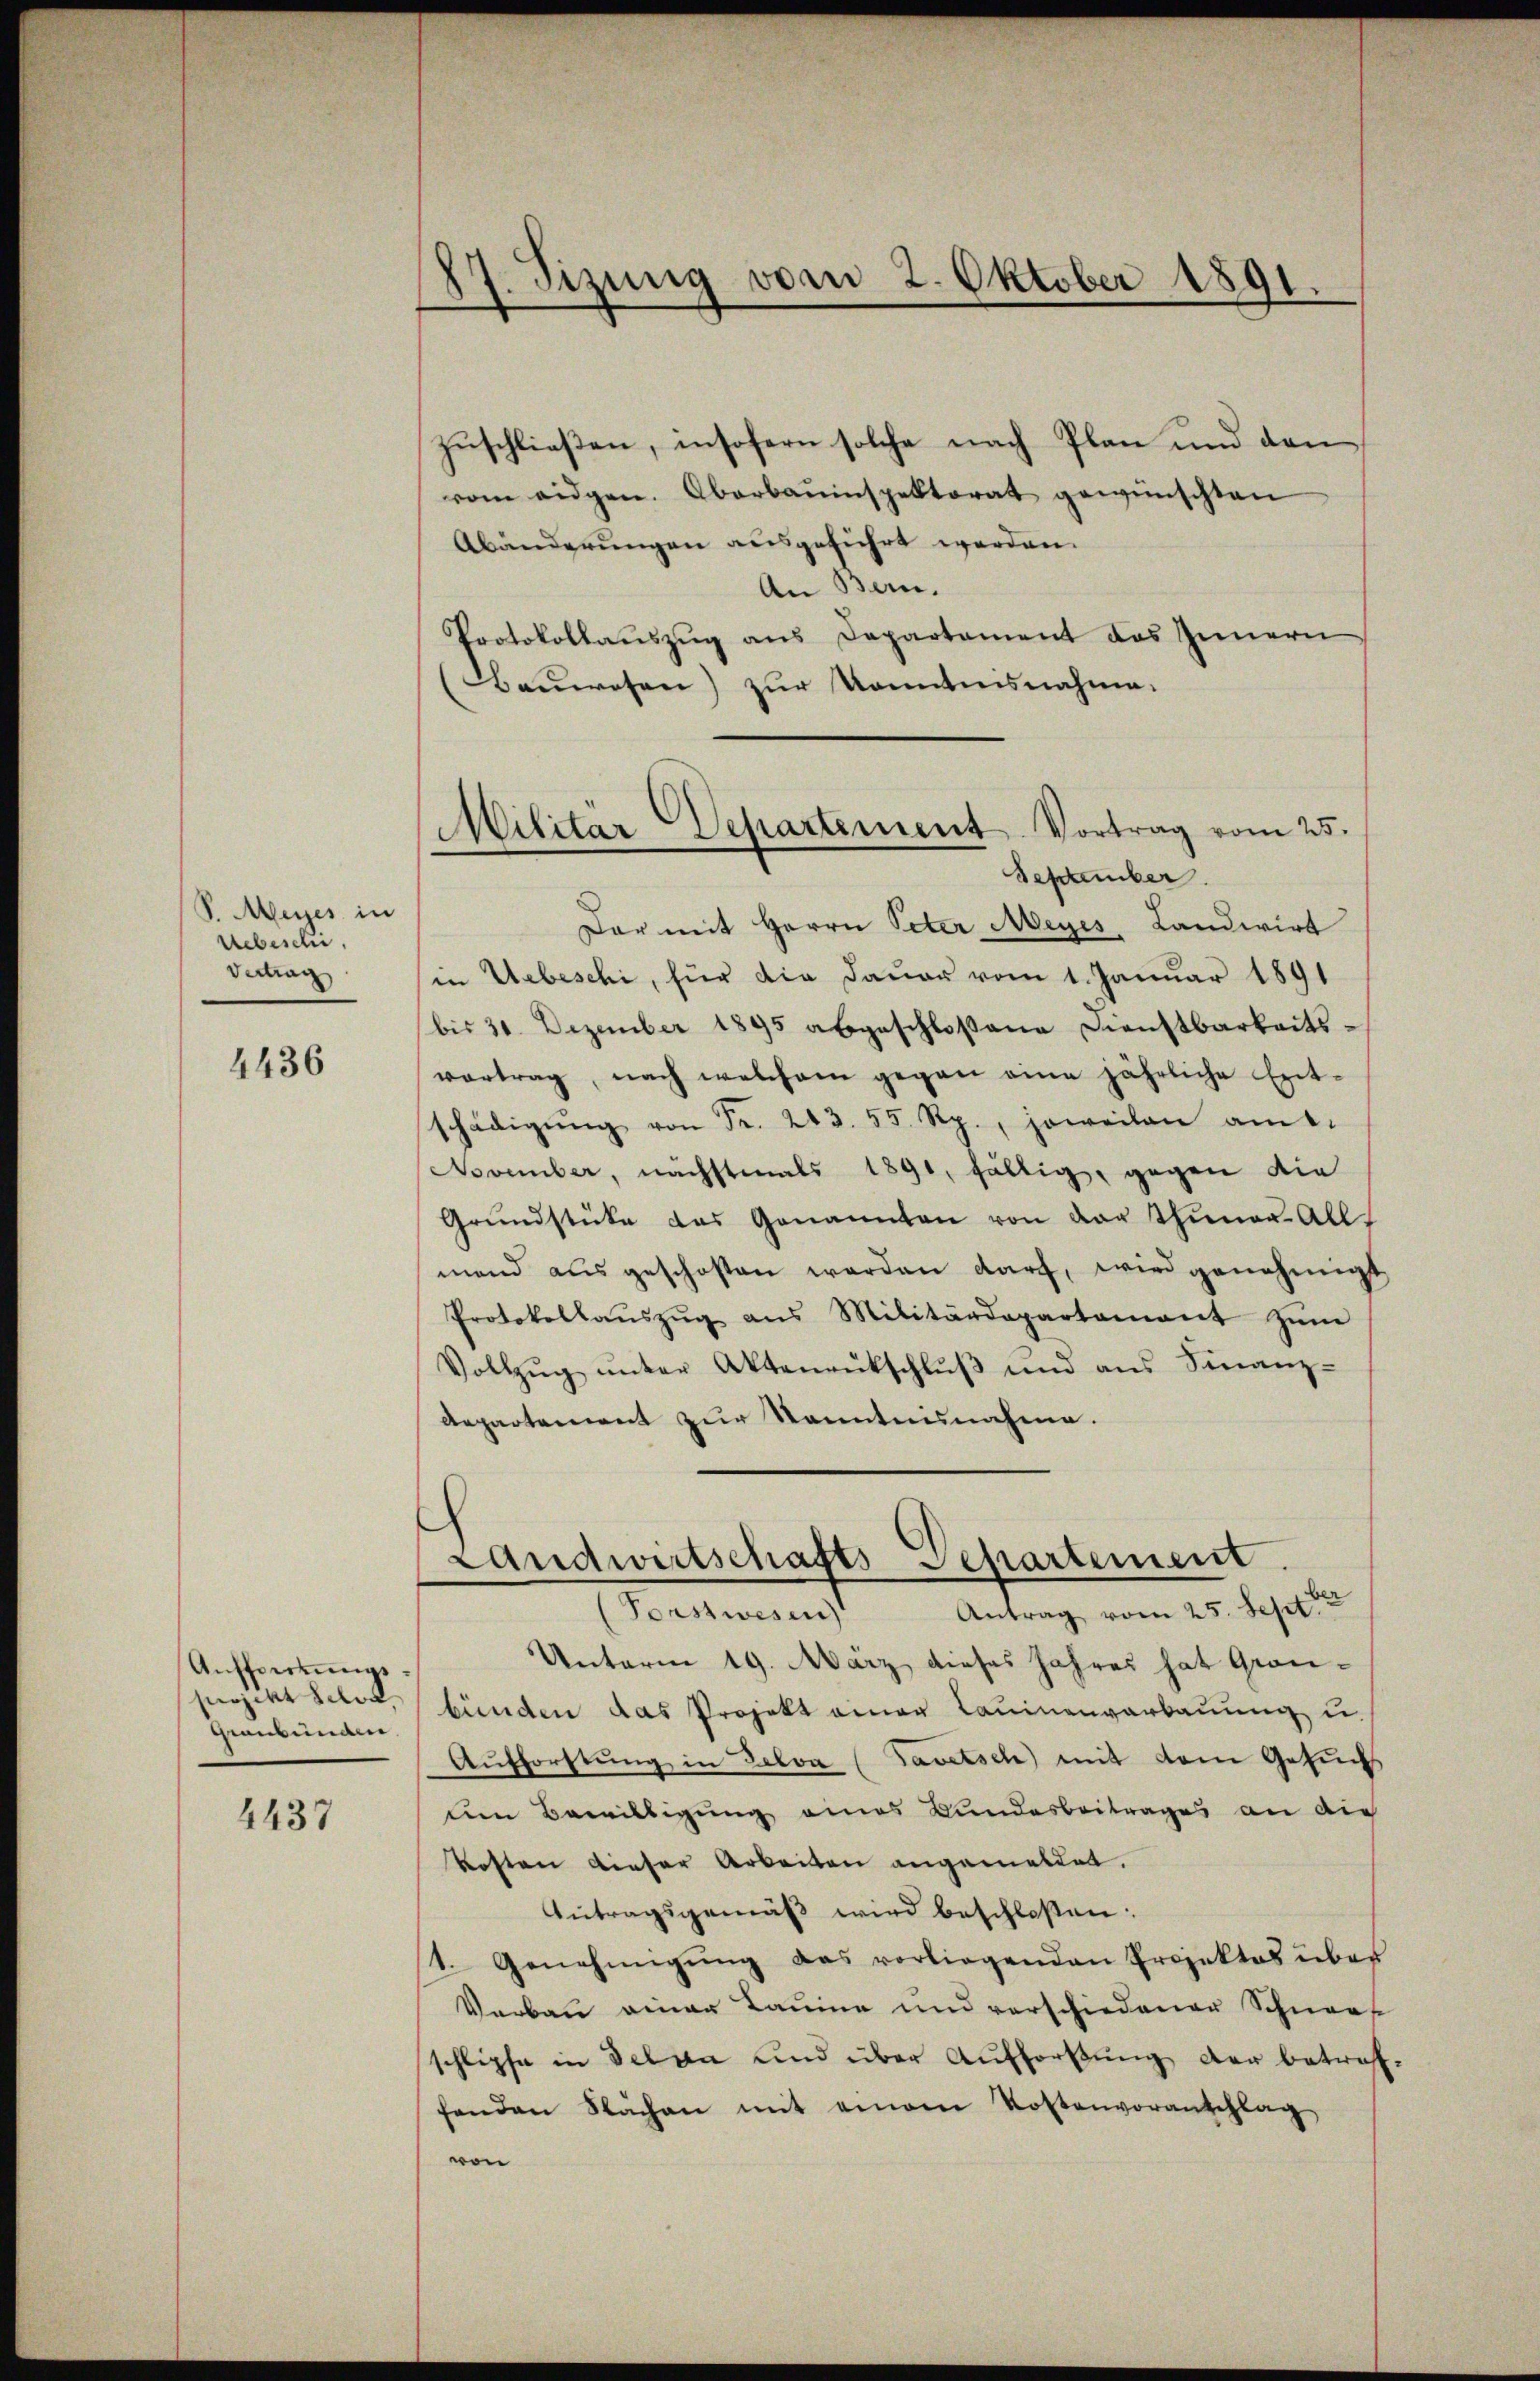
P. Mujes in
Uebesche,
Vertrag

4436

Aŭfferkŭngs-
projekt selon
Graubünden

4437

17. Sizung vom 2. Oktober 1891.

Militär Departement Vortrag vom 25.
September.

zuschließen, insofern solche nach Plan und den
vom eidgen. Oberbauinspektorat gewünschten
Abänderungen ausgeführt werden.
An Bern.
Protokollaŭszŭg ans Departement des Innern
(Bauwesen) zur Kenntnisnahme.
Dar mit Herrn Peter Meyes Landwirt
in Uebeschi, für die Dauer vom 1. Januar 1891
(bis 31. Dezember 1895 abgeschloßene Dienstbarkeitsvortrag, nach welchem gegen eine jährliche Ent-
schädigŭng von Fr. 243. 55 Rp., jeweilen amt.
November, nächstmals 1891, fällig, gegen die
Grŭndstüke das Genannten von der Thuner-All-
mand ausgeschosen werden darf, wird genehmigt
Protokollaŭszŭg ans Militärdepartament zŭm
Vollzŭg ŭnter Aktenrütschlŭβ und ans Finanz-
Aepartement zur Kenntnisnahme.
Landwirtschafts-Departement.
Antrag vom 25. Sept.
Forstwesen
Unterm 19. März dieses Jahres hat Graubünden das Projekt einer Launenverbauung u.
Aufforstung in Delva (Favetsch) mit dem Gesuchs
uen Bewilligung eines Bundesbeitrages an dich
Kosten dieser Arbeiten angemestet.
Antragsgemäß wird beschloßen:
1. Genehmigŭng das vorliegenden Projektes über
Vorbau einer Baume und verschiedener Schneef
schlipfe in Selva und über Aufforstung der betref
fenden Nachen mit einem Kostenvoranschlag
von